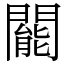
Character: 𨶙